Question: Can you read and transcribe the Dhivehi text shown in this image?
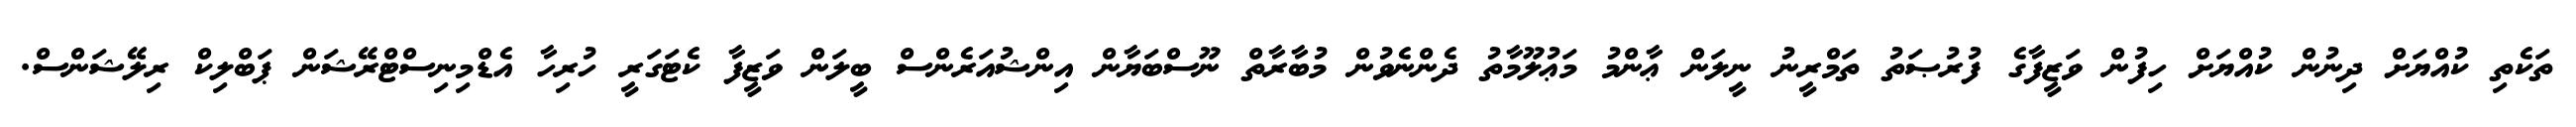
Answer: ތަކެތި ކުއްޔަށް ދިނުން ކުއްޔަށް ހިފުން ވަޒީފާގެ ފުރުޞަތު ތަމްރީނު ނީލަން ޢާންމު މަޢުލޫމާތު ދެންނެވުން މުބާރާތް ނޫސްބަޔާން އިންޝުއަރެންސް ބީލަން ވަޒީފާ ކެޓަގަރީ ހުރިހާ އެޑްމިނިސްޓްރޭޝަން ޕަބްލިކް ރިލޭޝަންސް.